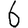
Digit: 6